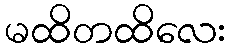
မထိတထိလေး